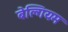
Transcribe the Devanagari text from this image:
बेल्गियम